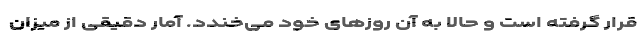
قرار گرفته است و حالا به آن روز‌های خود می‌خندد. آمار دقیقی از میزان